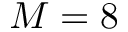
M = 8